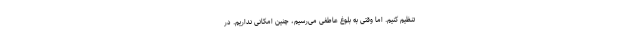
تنظیم کنیم. اما وقتی به بلوغ عاطفی می‌رسیم، چنین امکانی نداریم. در